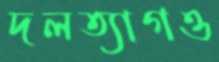
দলত্যাগও